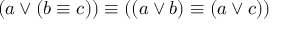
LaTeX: ( a \lor ( b \equiv c ) ) \equiv ( ( a \lor b ) \equiv ( a \lor c ) )